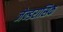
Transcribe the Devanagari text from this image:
जेन्डरासिक